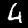
Label: 4